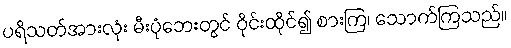
ပရိသတ်အားလုံး မီးပုံဘေးတွင် ဝိုင်းထိုင်၍ စားကြ၊ သောက်ကြသည်။